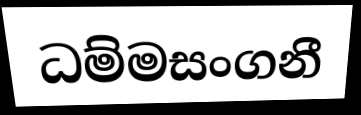
ධම්මසංගනී